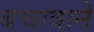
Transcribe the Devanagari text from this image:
बचावाने